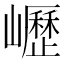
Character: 㠣